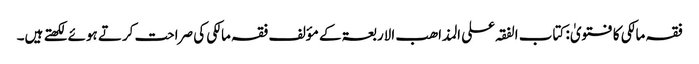
فقہ مالکی کا فتویٰ: کتاب الفقہ علی المذاھب الاربعۃ کے مؤلف فقہ مالکی کی صراحت کرتے ہوئے لکھتے ہیں۔